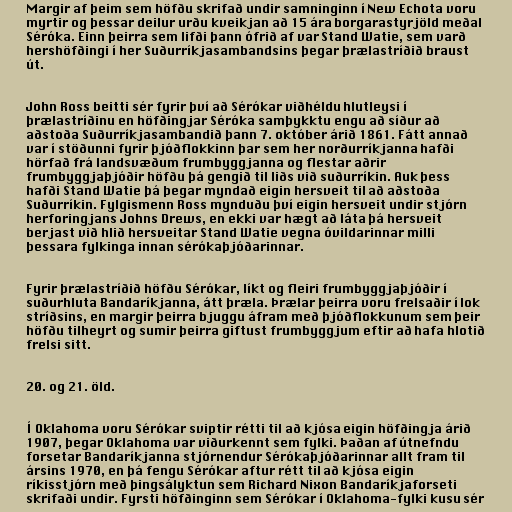
Margir af þeim sem höfðu skrifað undir samninginn í New Echota voru
myrtir og þessar deilur urðu kveikjan að 15 ára borgarastyrjöld meðal
Séróka. Einn þeirra sem lifði þann ófrið af var Stand Watie, sem varð
hershöfðingi í her Suðurríkjasambandsins þegar þrælastríðið braust
út.

John Ross beitti sér fyrir því að Sérókar viðhéldu hlutleysi í
þrælastríðinu en höfðingjar Séróka samþykktu engu að síður að
aðstoða Suðurríkjasambandið þann 7. október árið 1861. Fátt annað
var í stöðunni fyrir þjóðflokkinn þar sem her norðurríkjanna hafði
hörfað frá landsvæðum frumbyggjanna og flestar aðrir
frumbyggjaþjóðir höfðu þá gengið til liðs við suðurríkin. Auk þess
hafði Stand Watie þá þegar myndað eigin hersveit til að aðstoða
Suðurríkin. Fylgismenn Ross mynduðu því eigin hersveit undir stjórn
herforingjans Johns Drews, en ekki var hægt að láta þá hersveit
berjast við hlið hersveitar Stand Watie vegna óvildarinnar milli
þessara fylkinga innan sérókaþjóðarinnar.

Fyrir þrælastríðið höfðu Sérókar, líkt og fleiri frumbyggjaþjóðir í
suðurhluta Bandaríkjanna, átt þræla. Þrælar þeirra voru frelsaðir í lok
stríðsins, en margir þeirra bjuggu áfram með þjóðflokkunum sem þeir
höfðu tilheyrt og sumir þeirra giftust frumbyggjum eftir að hafa hlotið
frelsi sitt.

20. og 21. öld.

Í Oklahoma voru Sérókar sviptir rétti til að kjósa eigin höfðingja árið
1907, þegar Oklahoma var viðurkennt sem fylki. Þaðan af útnefndu
forsetar Bandaríkjanna stjórnendur Sérókaþjóðarinnar allt fram til
ársins 1970, en þá fengu Sérókar aftur rétt til að kjósa eigin
ríkisstjórn með þingsályktun sem Richard Nixon Bandaríkjaforseti
skrifaði undir. Fyrsti höfðinginn sem Sérókar í Oklahoma-fylki kusu sér